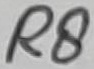
Text: R8